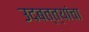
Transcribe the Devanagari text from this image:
उदबत्त्यांचा